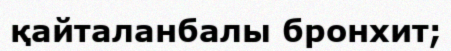
қайталанбалы бронхит;